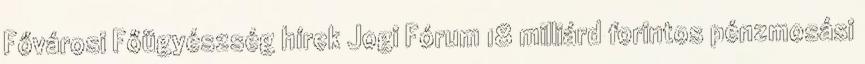
Fővárosi Főügyészség hírek Jogi Fórum 18 milliárd forintos pénzmosási